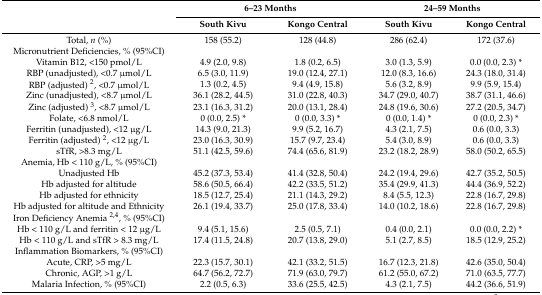
<table><thead><tr><td></td><td colspan="2"><b>6–23 Months</b></td><td colspan="2"><b>24–59 Months</b></td></tr><tr><td></td><td><b>South Kivu</b></td><td><b>Kongo Central</b></td><td><b>South Kivu</b></td><td><b>Kongo Central</b></td></tr></thead><tbody><tr><td>Total, <i>n</i> (%)</td><td>158 (55.2)</td><td>128 (44.8)</td><td>286 (62.4)</td><td>172 (37.6)</td></tr><tr><td>Micronutrient Deficiencies, % (95%CI)</td><td></td><td></td><td></td><td></td></tr><tr><td>Vitamin B12, &lt;150 pmol/L</td><td>4.9 (2.0, 9.8)</td><td>1.8 (0.2, 6.5)</td><td>3.0 (1.3, 5.9)</td><td>0.0 (0.0, 2.3) *</td></tr><tr><td>RBP (unadjusted), &lt;0.7 μmol/L</td><td>6.5 (3.0, 11.9)</td><td>19.0 (12.4, 27.1)</td><td>12.0 (8.3, 16.6)</td><td>24.3 (18.0, 31.4)</td></tr><tr><td>RBP (adjusted) <sup>2</sup>, &lt;0.7 μmol/L</td><td>1.3 (0.2, 4.5)</td><td>9.4 (4.9, 15.8)</td><td>5.6 (3.2, 8.9)</td><td>9.9 (5.9, 15.4)</td></tr><tr><td>Zinc (unadjusted), &lt;8.7 μmol/L</td><td>36.1 (28.2, 44.5)</td><td>31.0 (22.8, 40.3)</td><td>34.7 (29.0, 40.7)</td><td>38.7 (31.1, 46.6)</td></tr><tr><td>Zinc (adjusted) <sup>3</sup>, &lt;8.7 μmol/L</td><td>23.1 (16.3, 31.2)</td><td>20.0 (13.1, 28.4)</td><td>24.8 (19.6, 30.6)</td><td>27.2 (20.5, 34.7)</td></tr><tr><td>Folate, &lt;6.8 nmol/L</td><td>0 (0.0, 2.5) *</td><td>0 (0.0, 3.3) *</td><td>0 (0.0, 1.4) *</td><td>0 (0.0, 2.3) *</td></tr><tr><td>Ferritin (unadjusted), &lt;12 μg/L</td><td>14.3 (9.0, 21.3)</td><td>9.9 (5.2, 16.7)</td><td>4.3 (2.1, 7.5)</td><td>0.6 (0.0, 3.3)</td></tr><tr><td>Ferritin (adjusted) <sup>2</sup>, &lt;12 μg/L</td><td>23.0 (16.3, 30.9)</td><td>15.7 (9.7, 23.4)</td><td>5.4 (3.0, 8.9)</td><td>0.6 (0.0, 3.3)</td></tr><tr><td>sTfR, &gt;8.3 mg/L</td><td>51.1 (42.5, 59.6)</td><td>74.4 (65.6, 81.9)</td><td>23.2 (18.2, 28.9)</td><td>58.0 (50.2, 65.5)</td></tr><tr><td>Anemia, Hb &lt; 110 g/L, % (95%CI)</td><td></td><td></td><td></td><td></td></tr><tr><td>Unadjusted Hb</td><td>45.2 (37.3, 53.4)</td><td>41.4 (32.8, 50.4)</td><td>24.2 (19.4, 29.6)</td><td>42.7 (35.2, 50.5)</td></tr><tr><td>Hb adjusted for altitude</td><td>58.6 (50.5, 66.4)</td><td>42.2 (33.5, 51.2)</td><td>35.4 (29.9, 41.3)</td><td>44.4 (36.9, 52.2)</td></tr><tr><td>Hb adjusted for ethnicity</td><td>18.5 (12.7, 25.4)</td><td>21.1 (14.3, 29.2)</td><td>8.4 (5.5, 12.3)</td><td>22.8 (16.7, 29.8)</td></tr><tr><td>Hb adjusted for altitude and Ethnicity</td><td>26.1 (19.4, 33.7)</td><td>25.0 (17.8, 33.4)</td><td>14.0 (10.2, 18.6)</td><td>22.8 (16.7, 29.8)</td></tr><tr><td>Iron Deficiency Anemia <sup>2,4</sup>, % (95%CI)</td><td></td><td></td><td></td><td></td></tr><tr><td>Hb &lt; 110 g/L and ferritin &lt; 12 μg/L</td><td>9.4 (5.1, 15.6)</td><td>2.5 (0.5, 7.1)</td><td>0.4 (0.0, 2.1)</td><td>0.0 (0.0, 2.2) *</td></tr><tr><td>Hb &lt; 110 g/L and sTfR &gt; 8.3 mg/L</td><td>17.4 (11.5, 24.8)</td><td>20.7 (13.8, 29.0)</td><td>5.1 (2.7, 8.5)</td><td>18.5 (12.9, 25.2)</td></tr><tr><td>Inflammation Biomarkers, % (95%CI)</td><td></td><td></td><td></td><td></td></tr><tr><td>Acute, CRP, &gt;5 mg/L</td><td>22.3 (15.7, 30.1)</td><td>42.1 (33.2, 51.5)</td><td>16.7 (12.3, 21.8)</td><td>42.6 (35.0, 50.4)</td></tr><tr><td>Chronic, AGP, &gt;1 g/L</td><td>64.7 (56.2, 72.7)</td><td>71.9 (63.0, 79.7)</td><td>61.2 (55.0, 67.2)</td><td>71.0 (63.5, 77.7)</td></tr><tr><td>Malaria Infection, % (95%CI)</td><td>2.2 (0.5, 6.3)</td><td>33.6 (25.5, 42.5)</td><td>4.3 (2.1, 7.5)</td><td>44.2 (36.6, 51.9)</td></tr></tbody></table>